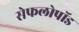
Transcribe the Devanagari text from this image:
सेफलोपॉड